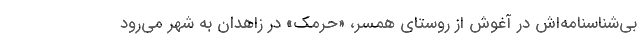
بي‌شناسنامه‌اش در آغوش از روستاي همسر، «حرمك» در زاهدان به شهر مي‌رود